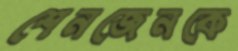
শেনজেনকে